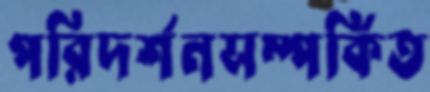
পরিদর্শনসম্পর্কিত